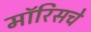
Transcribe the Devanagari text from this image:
मॉरिसचे